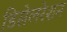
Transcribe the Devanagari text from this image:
डिसेलरेशन